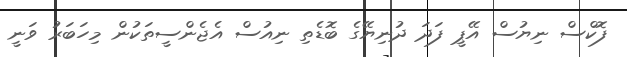
ފޮކްސް ނިޔުސް އޭޕީ ފަދަ ދުނިޔޭގެ ބޮޑެތި ނިއުސް އެޖެންސީތަކުން މިހަބަރު ވަނީ